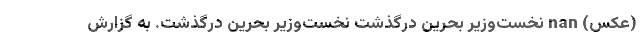
(عکس) nan نخست‌وزیر بحرین درگذشت نخست‌وزیر بحرین درگذشت. به گزارش